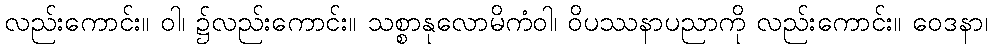
လည်းကောင်း။ ဝါ၊ ၌လည်းကောင်း။ သစ္စာနုလောမိကံဝါ၊ ဝိပဿနာပညာကို လည်းကောင်း။ ဝေဒနာ၊